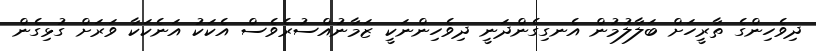
ދިވެހިންގެ ތާރީހަށް ބަލާލުމުން އެނގިގެންދަނީ ދިވެހިންނަކީ ޒަމާނުއްސުރެވެސް އެކަކު އަނެކަކާ ވަރަށް ގުޅިގެން